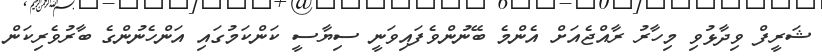
ޝަރީފް ވިދާޅުވި މިހާރު ރާއްޖެއަށް އެންމެ ބޭނުންވެފައިވަނީ ސިޔާސީ ކަންކަމުގައި އަންހެނުންގެ ބާރުވެރިކަން